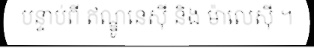
បន្ទាប់ពី ឥណ្ឌូនេស៊ី និង ម៉ាលេស៊ី ។